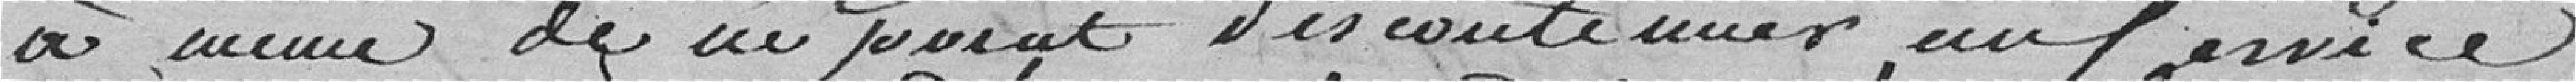
à même de ne point discontinuer au Service